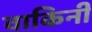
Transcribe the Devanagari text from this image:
वाकिनी